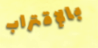
بالإقتراب